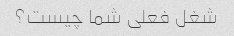
شغل فعلی شما چیست؟